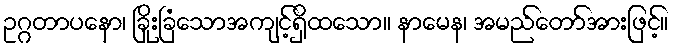
ဥဂ္ဂတာပနော၊ ခြိုးခြံသောအကျင့်ရှိထသော။ နာမေန၊ အမည်တော်အားဖြင့်။